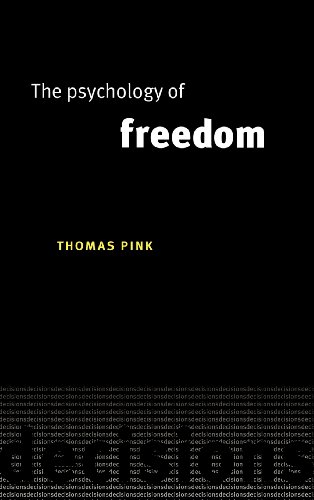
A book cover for The Psychology of Freedom; Thomas Pink; Politics & Social Sciences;